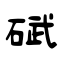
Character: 碔